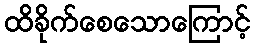
ထိခိုက်စေသောကြောင့်